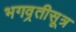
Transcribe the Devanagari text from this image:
भगव्रतीसूत्र